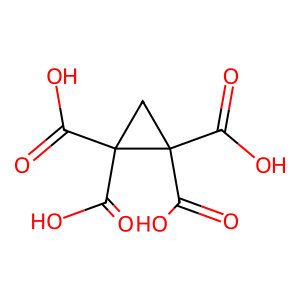
SMILES: O=C(O)C1(C(=O)O)CC1(C(=O)O)C(=O)O
Inhibits HIV replication: No